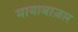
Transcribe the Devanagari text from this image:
मायाबाज़ार